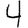
Digit: 4